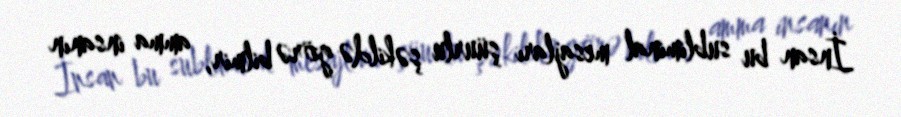
İnsan bu subliminal mesajları şüurlu şəkildə görə bilmir, amma insanın